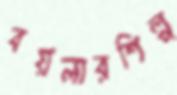
বয়লারশিল্প